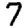
Digit: 7